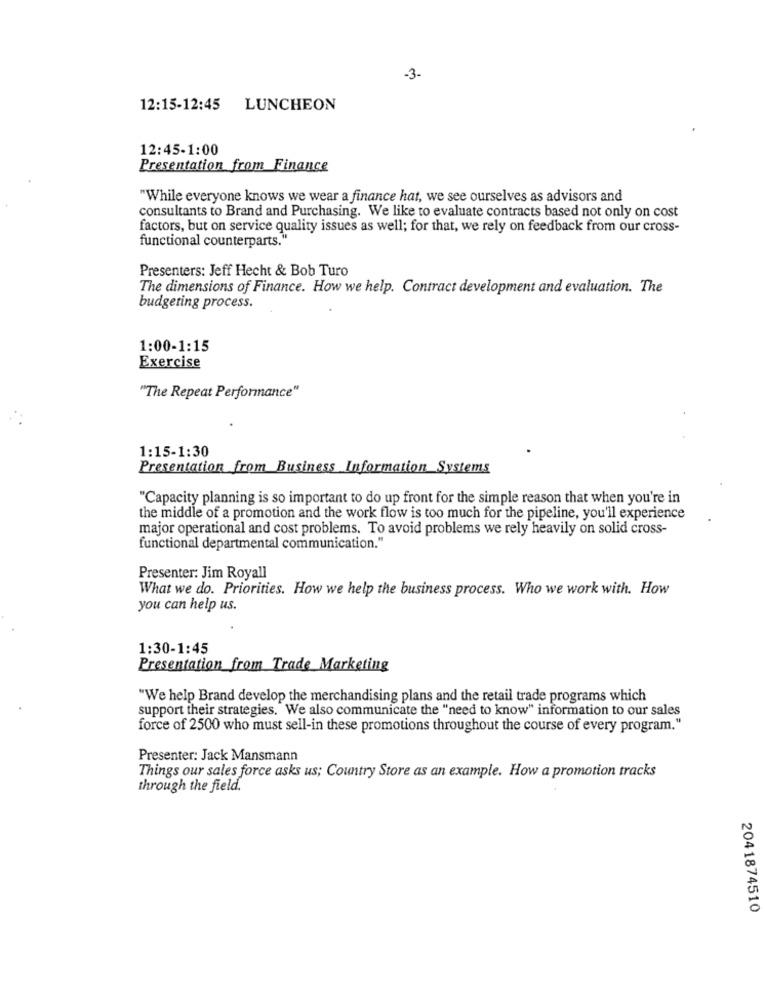
-3-
12:15-12:45 LUNCHEON
12:45-1:00
Presentation from Finance
"While everyone knows we wear a finance hat, we see ourselves as advisors and
consultants to Brand and Purchasing. We like to evaluate contracts based not only on cost
factors, but on service quality issues as well; for that, we rely on feedback from our cross-
functional counterparts."
Presenters: Jeff Hecht & Bob Turo
The dimensions of Finance. How we help. Contract development and evaluation. The
budgeting process.
1:00-1:15
Exercise
"The Repeat Performance"
1:15-1:30
Presentation from Business Information Systems
"Capacity planning is so important to do up front for the simple reason that when you're in
the middle of a promotion and the work flow is too much for the pipeline, you'll experience
major operational and cost problems. To avoid problems we rely heavily on solid cross-
functional departmental communication."
Presenter: Jim Royall
What we do. Priorities. How we help the business process. Who we work with. How
you can help us.
1:30-1:45
Presentation from Trade Marketing
"We help Brand develop the merchandising plans and the retail trade programs which
support their strategies. We also communicate the "need to know" information to our sales
force of 2500 who must sell-in these promotions throughout the course of every program."
Presenter: Jack Mansmann
Things our sales force asks us; Country Store as an example. How a promotion tracks
through the field.
2041874510